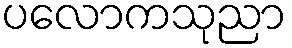
ပလောကသုညာ